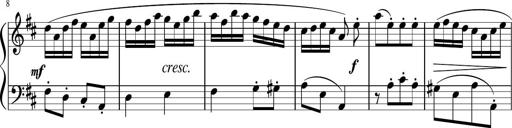
Title: 12 Keyboard Sonatinas
Composer: James Hook